Vaccination in Bombay 1913-1923 - 1913-1923
Year: 1913
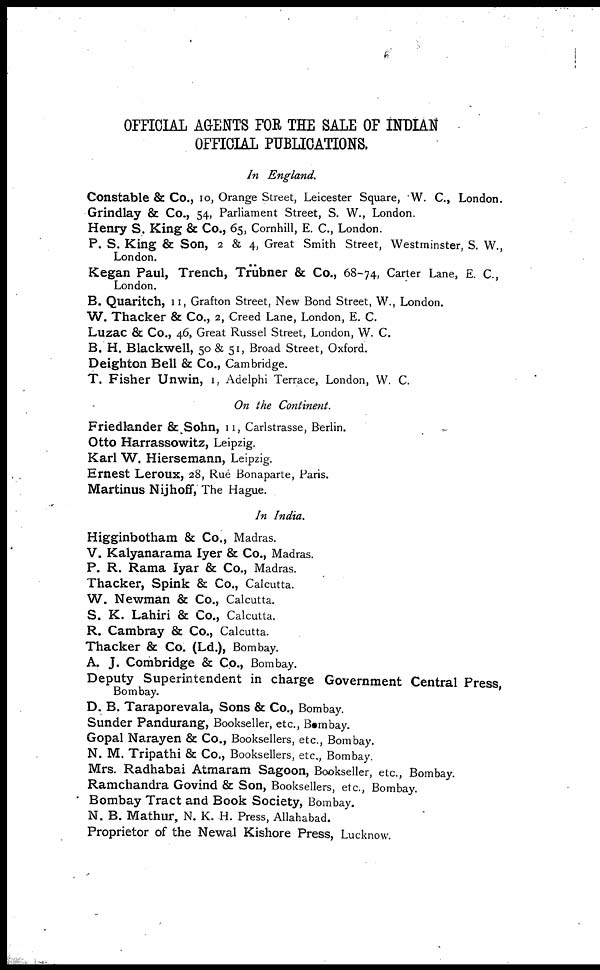
OFFICIAL AGENTS FOR THE SALE OF INDIAN
OFFICIAL PUBLICATIONS.
In England.
Constable & Co., 10, Orange Street, Leicester Square, W. C., London.
Grindlay & Co., 54, Parliament Street, S. W., London.
Henry S. King & Co., 65, Cornhill, E. C., London.
P. S. King & Son, 2 & 4, Great Smith Street, Westminster, S. W.,
London.
Kegan Paul, Trench, Trübner & Co., 68-74, Carter Lane, E. C.,
London.
B. Quaritch, 11, Grafton Street, New Bond Street, W., London.
W. Thacker & Co., 2, Creed Lane, London, E. C.
Luzac & Co., 46, Great Russel Street, London, W. C.
B. H. Blackwell, 50 & 51, Broad Street, Oxford.
Deighton Bell & Co., Cambridge.
T. Fisher Unwin, 1, Adelphi Terrace, London, W. C.
On the Continent.
Friedlander &Sohn, 11, Carlstrasse, Berlin.
Otto Harrassowitz, Leipzig.
Karl W. Hiersemann, Leipzig.
Ernest Leroux, 28, Rué Bonaparte, Paris.
Martinus Nijhoff, The Hague.
In India.
Higginbotham & Co., Madras.
V. Kalyanarama Iyer & Co., Madras.
P. R. Rama Iyar & Co., Madras.
Thacker, Spink & Co., Calcutta.
W. Newman & Co., Calcutta.
S. K. Lahiri & Co., Calcutta.
R. Cambray & Co., Calcutta.
Thacker & Co. (Ld.), Bombay.
A. J. Combridge & Co., Bombay.
Deputy Superintendent in charge Government Central Press,
Bombay.
D. B. Taraporevala, Sons & Co., Bombay.
Sunder Pandurang, Bookseller, etc., Bombay.
Gopal Narayen & Co., Booksellers, etc., Bombay.
N. M. Tripathi & Co., Booksellers, etc., Bombay.
Mrs. Radhabai Atmaram Sagoon, Bookseller, etc., Bombay.
Ramchandra Govind & Son, Booksellers, etc., Bombay.
Bombay Tract and Book Society, Bombay.
N. B. Mathur, N. K. H. Press, Allahabad.
Proprietor of the Newal Kishore Press, Lucknow.